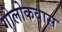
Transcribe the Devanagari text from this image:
गोलोकवास